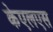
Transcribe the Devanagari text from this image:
केएलएस